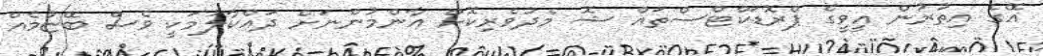
އޭގެ އިތުރުން އީވީގެ ޕްރޮޑަކްޓްސްތައް ޝޮ މެދުވެރިކޮށް އާންމުންނަށް ދައްކާލުމަކީ ވެސް ބޭޏުމެއް